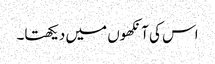
اس کی آنکھوں میں دیکھتا۔